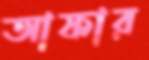
আফার